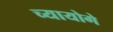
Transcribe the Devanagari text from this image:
च्यायोगे